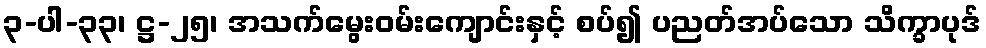
၃-ပါ-၃၃၊ ဋ္ဌ-၂၅၊ အသက်မွေးဝမ်းကျောင်းနှင့် စပ်၍ ပညတ်အပ်သော သိက္ခာပုဒ်